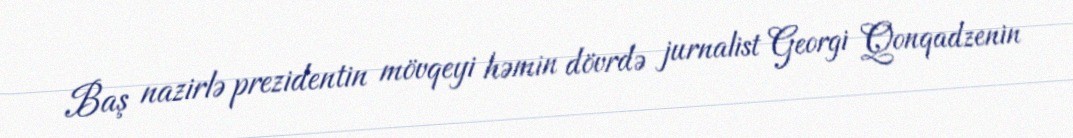
Baş nazirlə prezidentin mövqeyi həmin dövrdə jurnalist Georgi Qonqadzenin